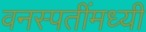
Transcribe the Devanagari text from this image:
वनस्पतींमध्यी